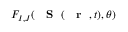
F _ { I , J } ( { \mathrm { ~ { ~ \bf ~ S ~ } ~ } } ( \mathrm { ~ { ~ \bf ~ r ~ } ~ } , t ) , \theta )